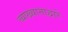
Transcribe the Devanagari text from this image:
व्याख्यानाद्वारे